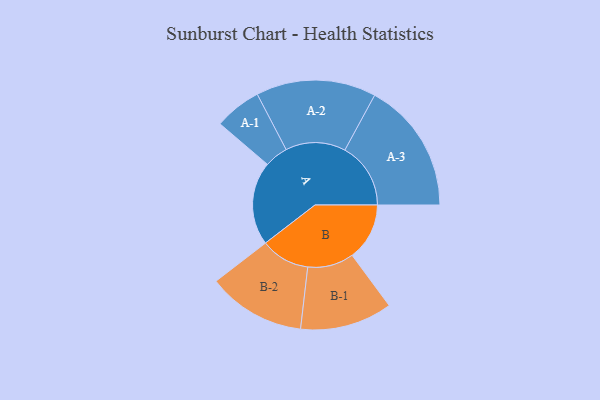
{"axis": {"x": "Segment", "y": "Value"}, "legend": ["", "A", "B"], "data": [{"x": "A", "y": 373, "type": ""}, {"x": "B", "y": 256, "type": ""}, {"x": "A-1", "y": 105, "type": "A"}, {"x": "A-2", "y": 268, "type": "A"}, {"x": "A-3", "y": 294, "type": "A"}, {"x": "B-1", "y": 206, "type": "B"}, {"x": "B-2", "y": 219, "type": "B"}]}